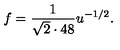
f = { \frac { 1 } { \sqrt 2 \cdot 4 8 } } u ^ { - 1 / 2 } .